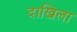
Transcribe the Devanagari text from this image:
दाखिला